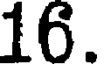
16.